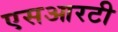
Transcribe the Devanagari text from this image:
एसआरटी